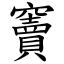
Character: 竇